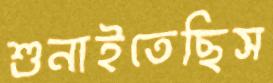
শুনাইতেছিস